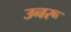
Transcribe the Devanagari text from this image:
उनरू